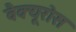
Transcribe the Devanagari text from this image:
वैक्यूरोस